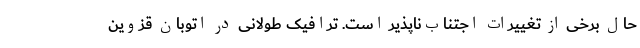
حال برخی از تغییرات اجتناب‌ناپذیر است. ترافیک طولانی در اتوبان قزوین